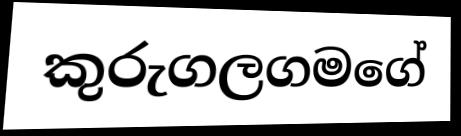
කුරුගලගමගේ